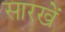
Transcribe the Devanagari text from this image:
सारखें